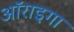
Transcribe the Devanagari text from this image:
ऑराइगा